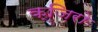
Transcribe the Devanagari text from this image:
क्ज़िरो